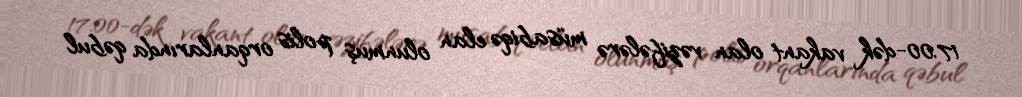
17.00-dək vakant olan vəzifələrə müsabiqə elan olunmuş polis orqanlarında qəbul